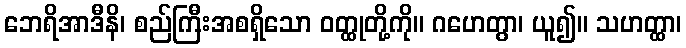
ဘေရိအာဒီနိ၊ စည်ကြီးအစရှိသော ဝတ္ထုတို့ကို။ ဂဟေတွာ၊ ယူ၍။ သဟတ္ထာ၊